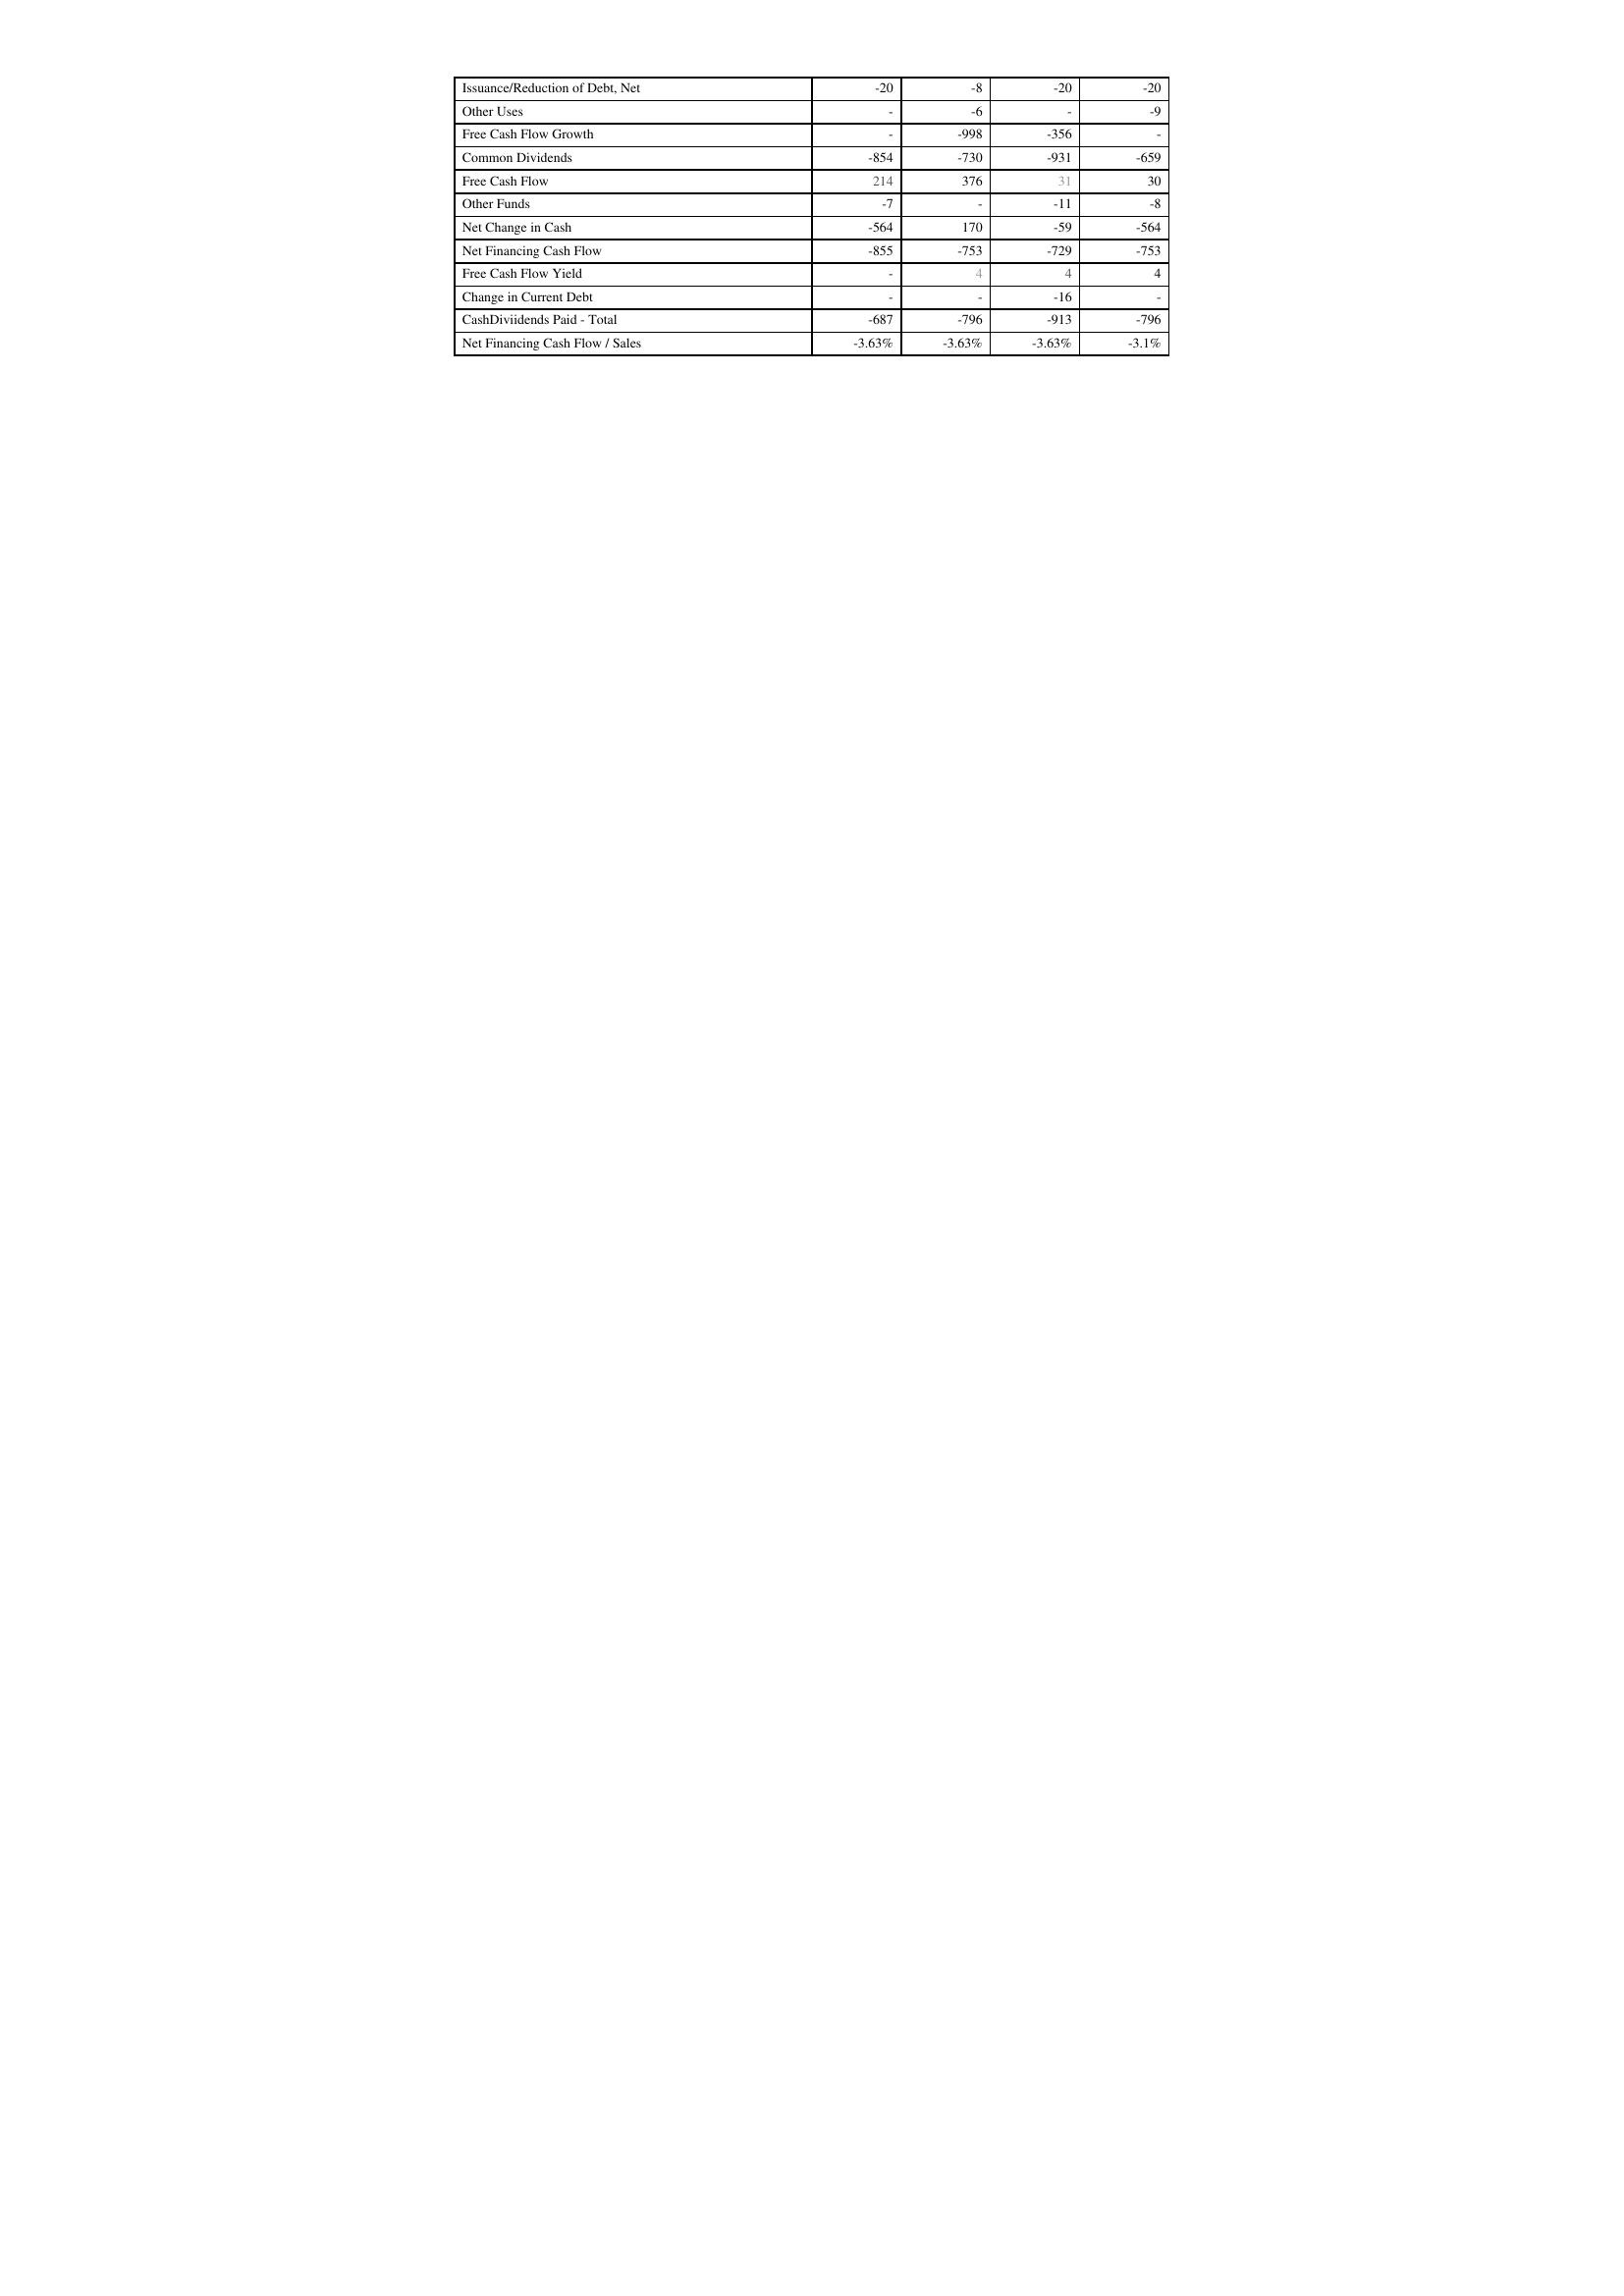
2003: Financing Activities: Issuance/Reduction of Debt, Net: -20
Other Uses: -
Free Cash Flow Growth: -
Common Dividends: -854
Free Cash Flow: 214
Other Funds: -7
Net Change in Cash: -564
Net Financing Cash Flow: -855
Free Cash Flow Yield: -
Change in Current Debt: -
CashDiviidends Paid - Total: -687
Net Financing Cash Flow / Sales: -3.63%
2002: Financing Activities: Issuance/Reduction of Debt, Net: -8
Other Uses: -6
Free Cash Flow Growth: -998
Common Dividends: -730
Free Cash Flow: 376
Other Funds: -
Net Change in Cash: 170
Net Financing Cash Flow: -753
Free Cash Flow Yield: 4
Change in Current Debt: -
CashDiviidends Paid - Total: -796
Net Financing Cash Flow / Sales: -3.63%
2001: Financing Activities: Issuance/Reduction of Debt, Net: -20
Other Uses: -
Free Cash Flow Growth: -356
Common Dividends: -931
Free Cash Flow: 31
Other Funds: -11
Net Change in Cash: -59
Net Financing Cash Flow: -729
Free Cash Flow Yield: 4
Change in Current Debt: -16
CashDiviidends Paid - Total: -913
Net Financing Cash Flow / Sales: -3.63%
2000: Financing Activities: Issuance/Reduction of Debt, Net: -20
Other Uses: -9
Free Cash Flow Growth: -
Common Dividends: -659
Free Cash Flow: 30
Other Funds: -8
Net Change in Cash: -564
Net Financing Cash Flow: -753
Free Cash Flow Yield: 4
Change in Current Debt: -
CashDiviidends Paid - Total: -796
Net Financing Cash Flow / Sales: -3.1%